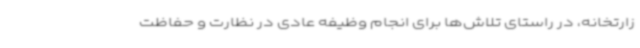
زارتخانه، در راستای تلاش‌ها برای انجام وظیفه عادی در نظارت و حفاظت